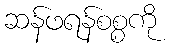
ဆန်ဖရန်စစ္စကို